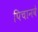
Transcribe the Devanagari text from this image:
पिचानवे